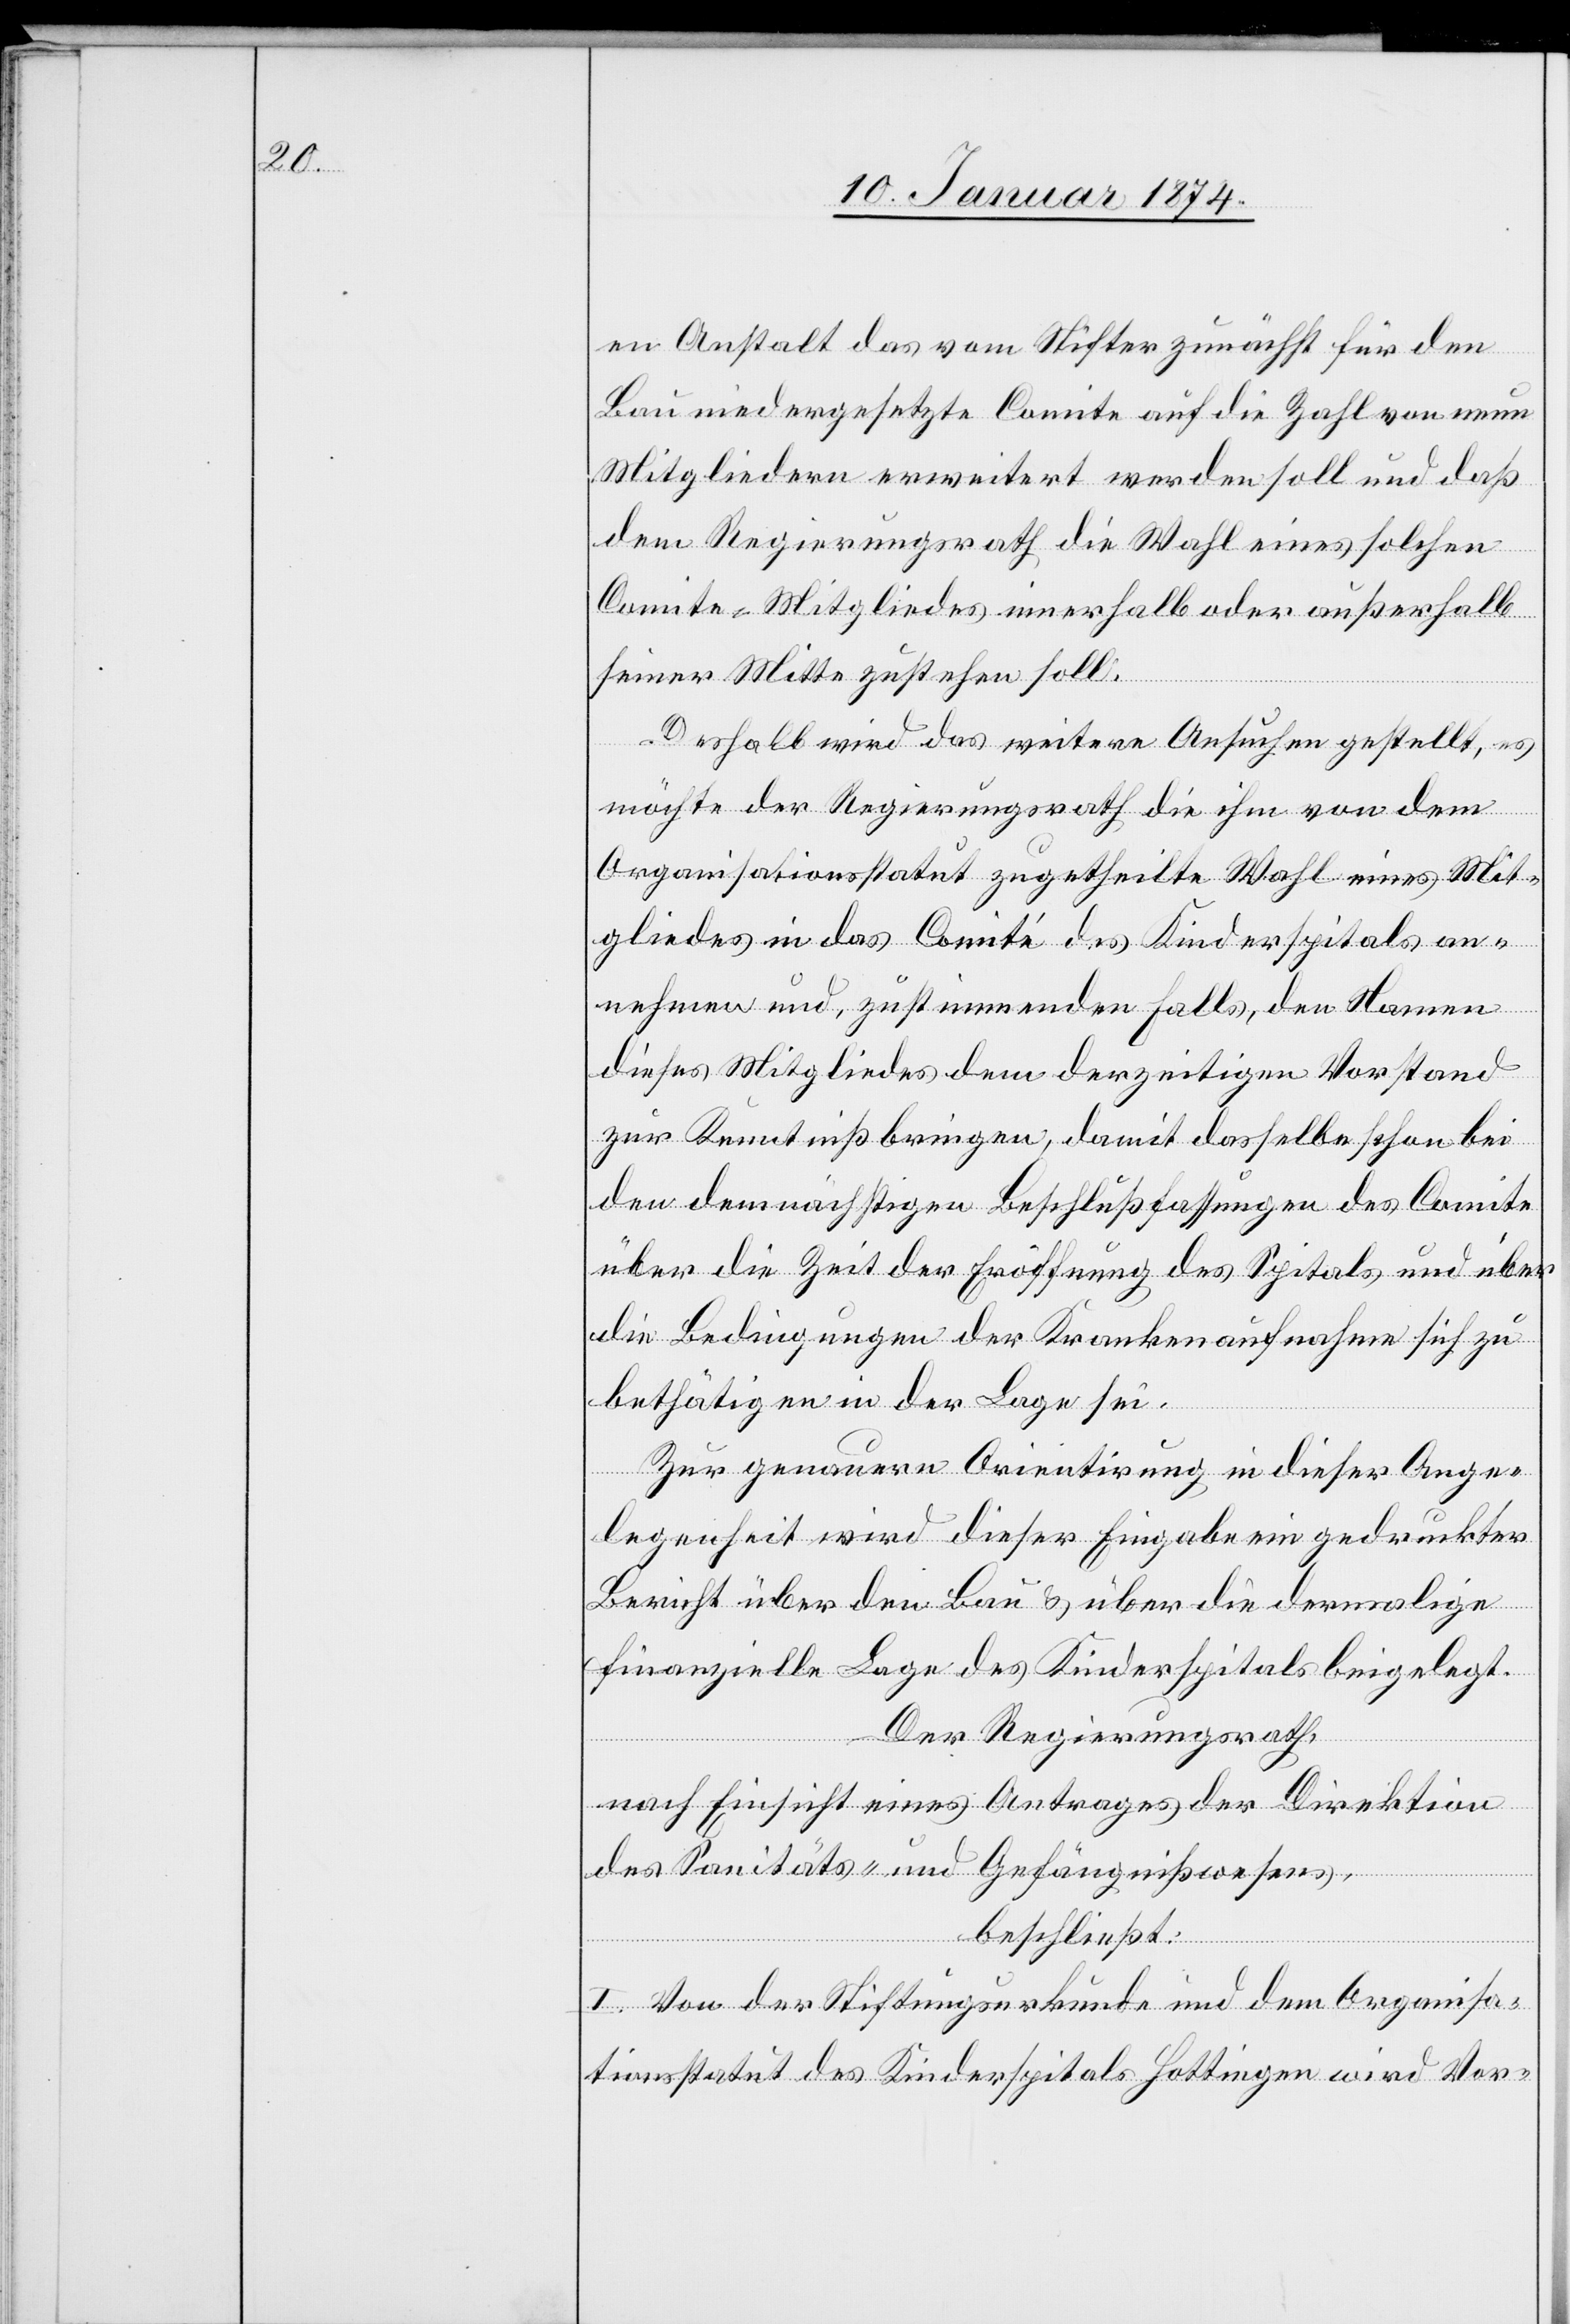
en Anstalt das vom Stifter zunächst für den
Bau niedergesetzte Comite auf die Zahl von neun
Mitgliedern erweitert werden soll und daß
dem Regierungsrath die Wahl eines solchen
Comite-Mitgliedes innerhalb oder außerhalb
seiner Mitte zustehen soll:
Deshalb wird das weitere Ansuchen gestellt, es
möchte der Regierungsrath die ihm von dem
Organisationsstatut zugetheilte Wahl eines Mit¬
gliedes in das Comité des Kinderspitals an¬
nehmen und, zustimmenden falls, den Namen
dieses Mitgliedes dem derzeitigen Vorstand
zur Kenntniß bringen, damit dasselbe schon bei
den demnächstigen Beschlußfassungen des Comite
über die Zeit der Eröffnung des Spitals und über
die Bedingungen der Krankenaufnahme sich zu
bethätigen in der Lage sei.
Zur genauern Orientirung in dieser Ange¬
legenheit wird dieser Eingabe ein gedruckter
Bericht über den Bau & über die dermalige
finanzielle Lage des Kinderspitals beigelegt.
Der Regierungsrath,
nach Einsicht eines Antrages der Direktion
des Sanitäts- und Gefängnißwesens,
beschließt:
I. Von der Stiftungsurkunde und dem Organisa¬
tionsstatut des Kinderspitals Hottingen wird Vor-